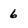
Character: 6